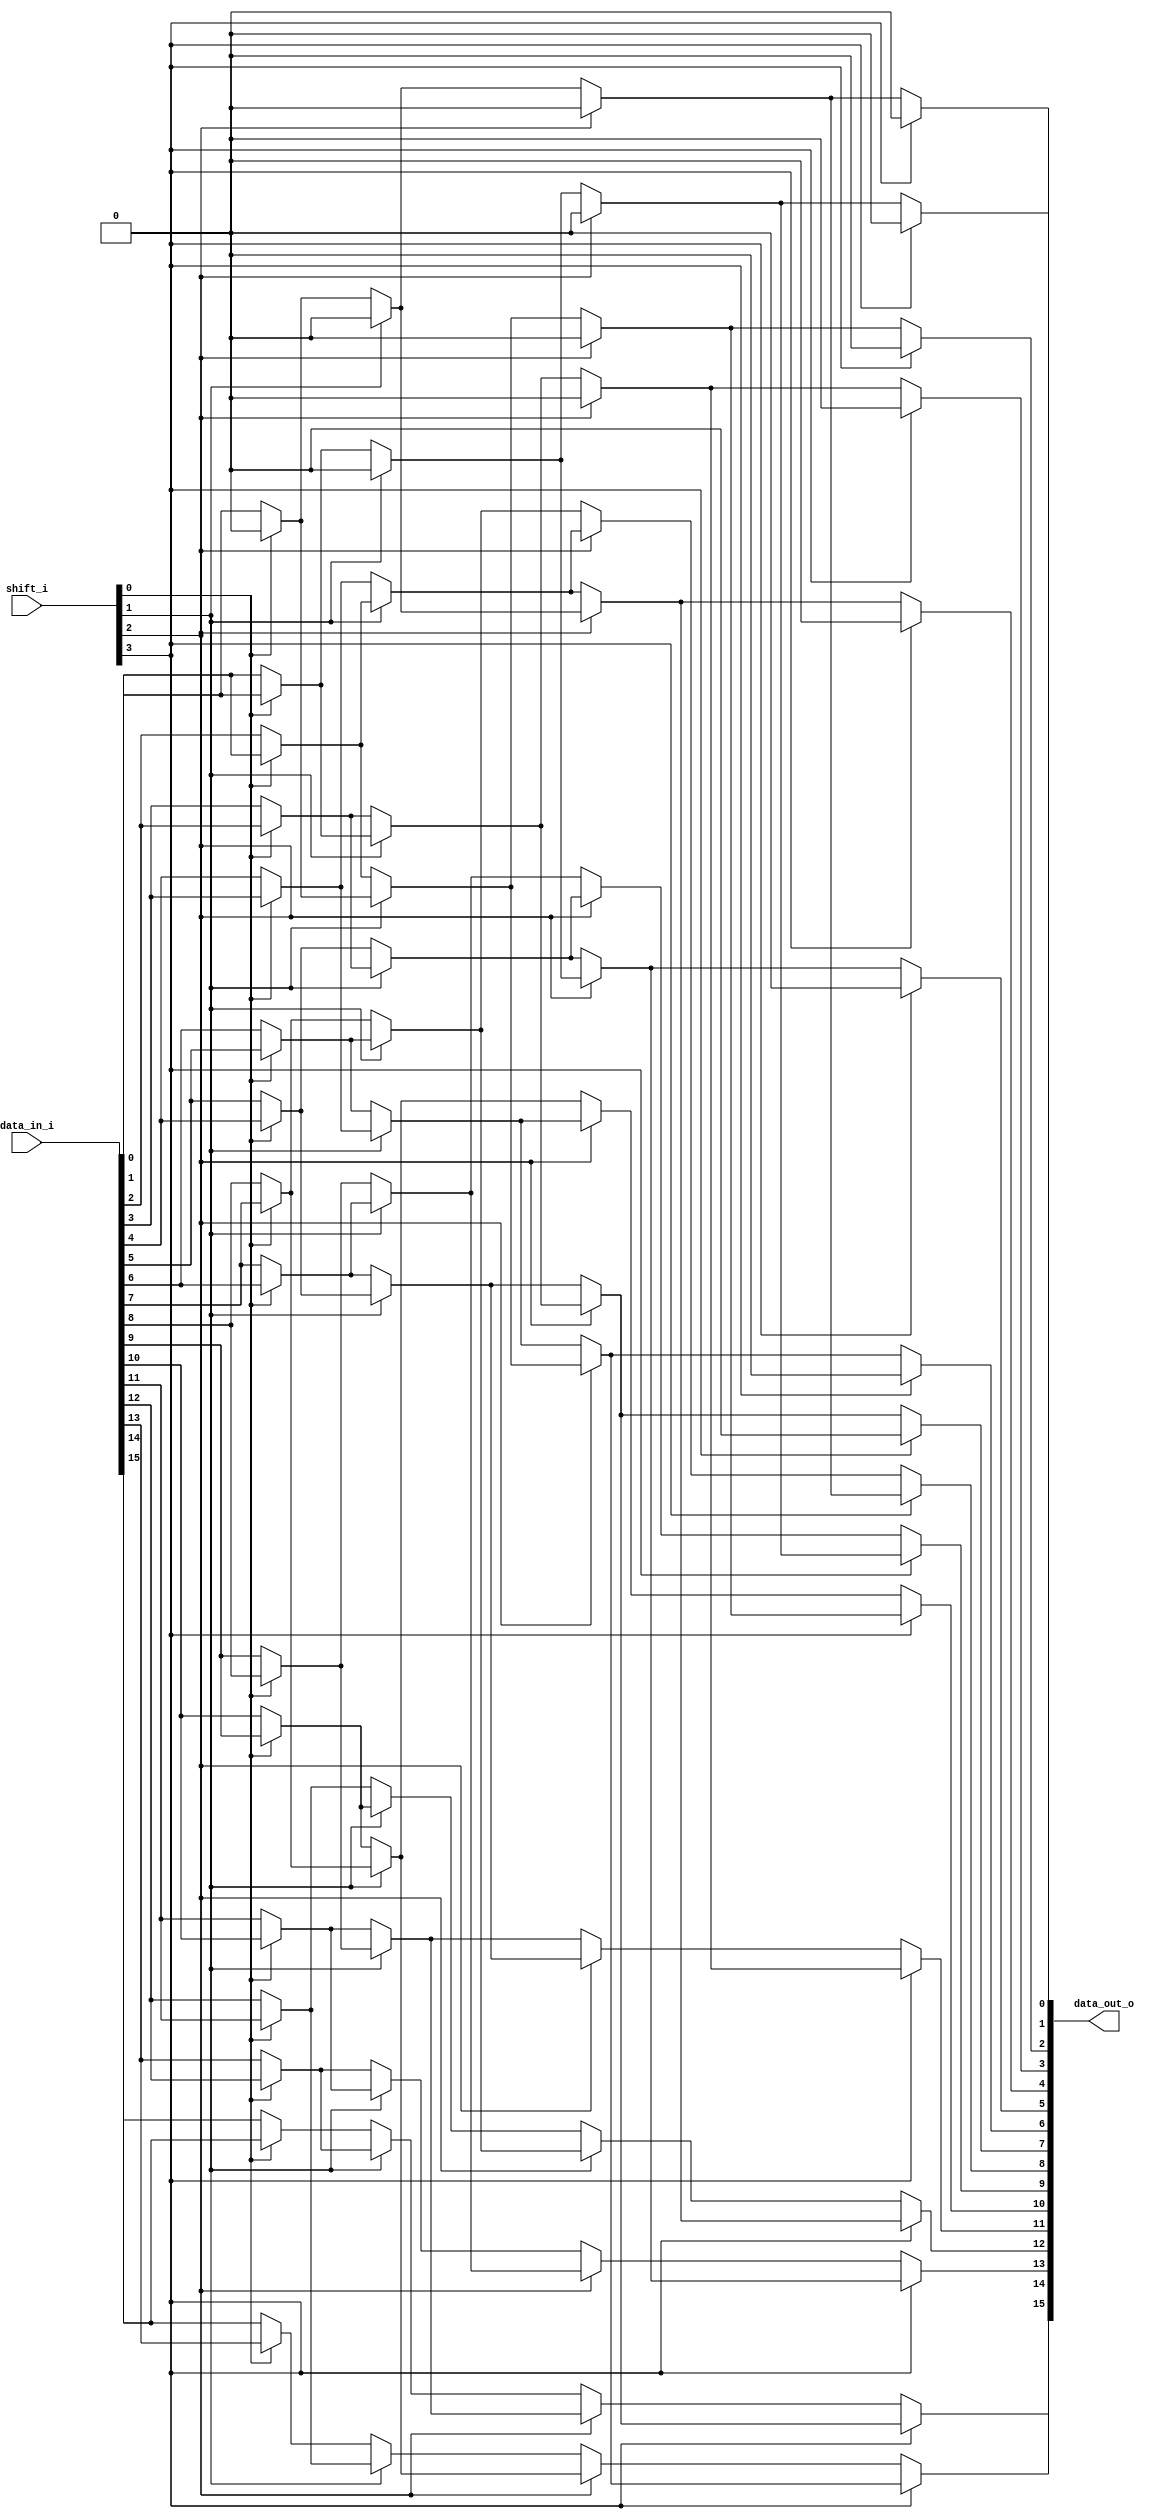
`timescale 1ns / 1ps
//////////////////////////////////////////////////////////////////////////////////
// Company: 
// Engineer: 
// 
// Design Name: 
// Module Name: barrel_shifter
// Project Name: 
// Target Devices: 
// Tool Versions: 
// Description: 16-bit Barrel Shifter Module
// 
// Dependencies: 
// 
// Revision:
// Revision 0.01 - File Created
// Additional Comments:
// 
//////////////////////////////////////////////////////////////////////////////////


module barrel_shifter(
input  wire [15:0] data_in_i,
input  wire [ 3:0] shift_i,
output wire [15:0] data_out_o  
    );

// First stage MUXes
assign muxout_c0r0  = shift_i[0] ? 1'b0          : data_in_i[0];
assign muxout_c0r1  = shift_i[0] ? data_in_i[0]  : data_in_i[1];
assign muxout_c0r2  = shift_i[0] ? data_in_i[1]  : data_in_i[2];
assign muxout_c0r3  = shift_i[0] ? data_in_i[2]  : data_in_i[3];
assign muxout_c0r4  = shift_i[0] ? data_in_i[3]  : data_in_i[4];
assign muxout_c0r5  = shift_i[0] ? data_in_i[4]  : data_in_i[5];
assign muxout_c0r6  = shift_i[0] ? data_in_i[5]  : data_in_i[6];
assign muxout_c0r7  = shift_i[0] ? data_in_i[6]  : data_in_i[7];
assign muxout_c0r8  = shift_i[0] ? data_in_i[7]  : data_in_i[8];
assign muxout_c0r9  = shift_i[0] ? data_in_i[8]  : data_in_i[9];
assign muxout_c0r10 = shift_i[0] ? data_in_i[9]  : data_in_i[10];
assign muxout_c0r11 = shift_i[0] ? data_in_i[10] : data_in_i[11];
assign muxout_c0r12 = shift_i[0] ? data_in_i[11] : data_in_i[12];
assign muxout_c0r13 = shift_i[0] ? data_in_i[12] : data_in_i[13];
assign muxout_c0r14 = shift_i[0] ? data_in_i[13] : data_in_i[14];
assign muxout_c0r15 = shift_i[0] ? data_in_i[14] : data_in_i[15];

// Second stage MUXes
assign muxout_c1r0  = shift_i[1] ? 1'b0         : muxout_c0r0;
assign muxout_c1r1  = shift_i[1] ? 1'b0         : muxout_c0r1;
assign muxout_c1r2  = shift_i[1] ? muxout_c0r0  : muxout_c0r2;
assign muxout_c1r3  = shift_i[1] ? muxout_c0r1  : muxout_c0r3;
assign muxout_c1r4  = shift_i[1] ? muxout_c0r2  : muxout_c0r4;
assign muxout_c1r5  = shift_i[1] ? muxout_c0r3  : muxout_c0r5;
assign muxout_c1r6  = shift_i[1] ? muxout_c0r4  : muxout_c0r6;
assign muxout_c1r7  = shift_i[1] ? muxout_c0r5  : muxout_c0r7;
assign muxout_c1r8  = shift_i[1] ? muxout_c0r6  : muxout_c0r8;
assign muxout_c1r9  = shift_i[1] ? muxout_c0r7  : muxout_c0r9;
assign muxout_c1r10 = shift_i[1] ? muxout_c0r8  : muxout_c0r10;
assign muxout_c1r11 = shift_i[1] ? muxout_c0r9  : muxout_c0r11;
assign muxout_c1r12 = shift_i[1] ? muxout_c0r10 : muxout_c0r12;
assign muxout_c1r13 = shift_i[1] ? muxout_c0r11 : muxout_c0r13;
assign muxout_c1r14 = shift_i[1] ? muxout_c0r12 : muxout_c0r14;
assign muxout_c1r15 = shift_i[1] ? muxout_c0r13 : muxout_c0r15;

// Third stage MUXes
assign muxout_c2r0  = shift_i[2] ? 1'b0         : muxout_c1r0;
assign muxout_c2r1  = shift_i[2] ? 1'b0         : muxout_c1r1;
assign muxout_c2r2  = shift_i[2] ? 1'b0         : muxout_c1r2;
assign muxout_c2r3  = shift_i[2] ? 1'b0         : muxout_c1r3;
assign muxout_c2r4  = shift_i[2] ? muxout_c1r0  : muxout_c1r4;
assign muxout_c2r5  = shift_i[2] ? muxout_c1r1  : muxout_c1r5;
assign muxout_c2r6  = shift_i[2] ? muxout_c1r2  : muxout_c1r6;
assign muxout_c2r7  = shift_i[2] ? muxout_c1r3  : muxout_c1r7;
assign muxout_c2r8  = shift_i[2] ? muxout_c1r4  : muxout_c1r8;
assign muxout_c2r9  = shift_i[2] ? muxout_c1r5  : muxout_c1r9;
assign muxout_c2r10 = shift_i[2] ? muxout_c1r6  : muxout_c1r10;
assign muxout_c2r11 = shift_i[2] ? muxout_c1r7  : muxout_c1r11;
assign muxout_c2r12 = shift_i[2] ? muxout_c1r8  : muxout_c1r12;
assign muxout_c2r13 = shift_i[2] ? muxout_c1r9  : muxout_c1r13;
assign muxout_c2r14 = shift_i[2] ? muxout_c1r10 : muxout_c1r14;
assign muxout_c2r15 = shift_i[2] ? muxout_c1r11 : muxout_c1r15;

// Fourth stage MUXes
assign data_out_o[0]  = shift_i[3] ? 1'b0         : muxout_c2r0;
assign data_out_o[1]  = shift_i[3] ? 1'b0         : muxout_c2r1;
assign data_out_o[2]  = shift_i[3] ? 1'b0         : muxout_c2r2;
assign data_out_o[3]  = shift_i[3] ? 1'b0         : muxout_c2r3;
assign data_out_o[4]  = shift_i[3] ? 1'b0         : muxout_c2r4;
assign data_out_o[5]  = shift_i[3] ? 1'b0         : muxout_c2r5;
assign data_out_o[6]  = shift_i[3] ? 1'b0         : muxout_c2r6;
assign data_out_o[7]  = shift_i[3] ? 1'b0         : muxout_c2r7;
assign data_out_o[8]  = shift_i[3] ? muxout_c2r0  : muxout_c2r8;
assign data_out_o[9]  = shift_i[3] ? muxout_c2r1  : muxout_c2r9;
assign data_out_o[10] = shift_i[3] ? muxout_c2r2  : muxout_c2r10;
assign data_out_o[11] = shift_i[3] ? muxout_c2r3  : muxout_c2r11;
assign data_out_o[12] = shift_i[3] ? muxout_c2r4  : muxout_c2r12;
assign data_out_o[13] = shift_i[3] ? muxout_c2r5  : muxout_c2r13;
assign data_out_o[14] = shift_i[3] ? muxout_c2r6  : muxout_c2r14;
assign data_out_o[15] = shift_i[3] ? muxout_c2r7  : muxout_c2r15;

endmodule